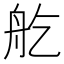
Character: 𦨏